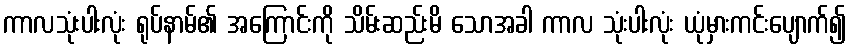
ကာလသုံးပါးလုံး ရုပ်နာမ်၏ အကြောင်းကို သိမ်းဆည်းမိ သောအခါ ကာလ သုံးပါးလုံး ယုံမှားကင်းပျောက်၍